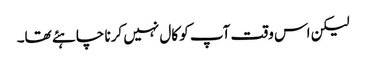
لیکن اس وقت آپ کو کال نہیں کرنا چاہئے تھا۔